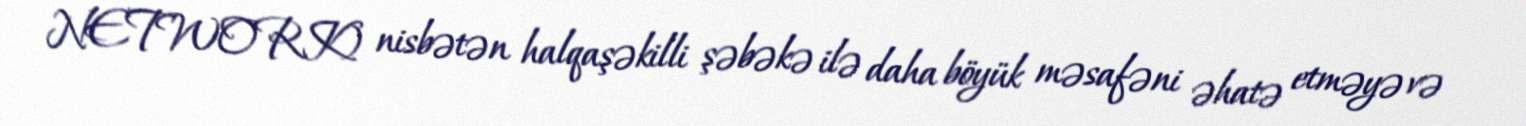
NETWORK) nisbətən halqaşəkilli şəbəkə ilə daha böyük məsafəni əhatə etməyə və